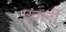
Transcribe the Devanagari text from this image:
एवर्ली